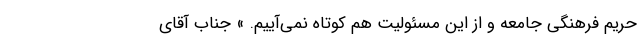
حریم فرهنگی جامعه و از این مسئولیت هم کوتاه نمی‌آییم. » جناب آقای